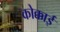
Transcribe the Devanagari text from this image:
कोक्काई